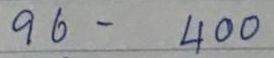
96 - 400